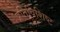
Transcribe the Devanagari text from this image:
प्रतिविशिष्ट